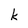
Character: k